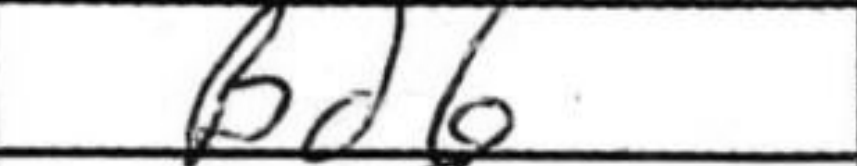
Transcription: Bd6